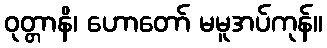
ဝုတ္တာနိ၊ ဟောတော် မမူအပ်ကုန်။